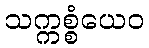
သက္ကစ္စံယေဝ